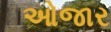
ઓજાર